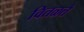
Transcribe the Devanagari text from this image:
वितळते